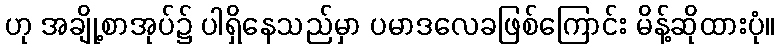
ဟု အချို့စာအုပ်၌ ပါရှိနေသည်မှာ ပမာဒလေခဖြစ်ကြောင်း မိန့်ဆိုထားပုံ။